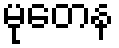
မုတေန